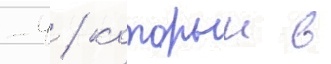
-4 / которыи в